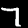
Label: 7